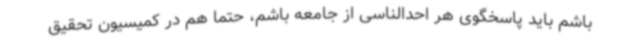
باشم باید پاسخگوی هر احدالناسی از جامعه باشم، حتما هم در کمیسیون تحقیق